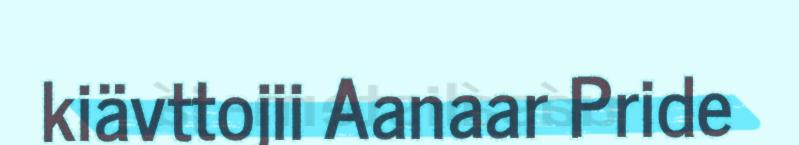
kiävttojii Aanaar Pride